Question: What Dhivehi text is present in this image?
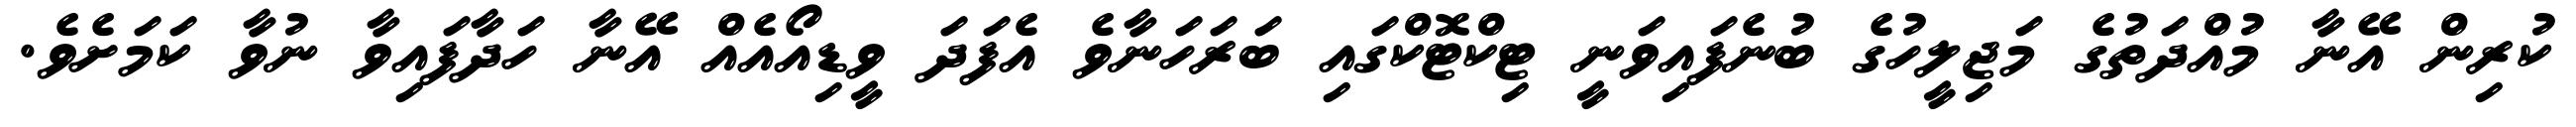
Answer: ކުރިން އޭނާ މުއްދަތުގެ މަޖިލީހުގެ ބުނެފައިވަނީ ޓިކްޓޮކްގައި ބަރަހަނާވެ އެފަދަ ވީޑިއޯއެއް އޭނާ ހަދާފައިވާ ނުވާ ކަމަށެވެ.